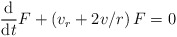
\begin{align*}\frac{\mathrm{d}}{\mathrm{d}t}F+\left( v_{r}+2v/r\right) F=0\end{align*}